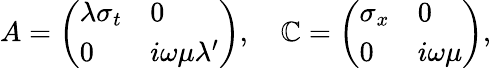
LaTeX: A=\left(\begin{array}{ll}{\lambda\sigma_{t}}&{0}\\ {0}&{i\omega\mu\lambda^{\prime}}\end{array}\right),\quad\mathbb{C}=\left(\begin{array}{ll}{\sigma_{x}}&{0}\\ {0}&{i\omega\mu}\end{array}\right),